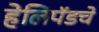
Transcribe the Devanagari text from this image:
हेलिपॅडचे